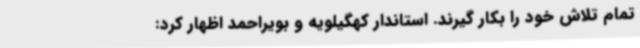
تمام تلاش خود را بکار گیرند. استاندار کهگیلویه و بویراحمد اظهار کرد: